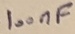
Text: 100nF